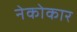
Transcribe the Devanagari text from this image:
नेकोकार